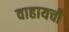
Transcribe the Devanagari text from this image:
वाहायची